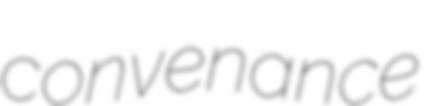
convenance